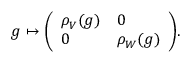
g \mapsto { \left( \begin{array} { l l } { \rho _ { V } ( g ) } & { 0 } \\ { 0 } & { \rho _ { W } ( g ) } \end{array} \right) } .